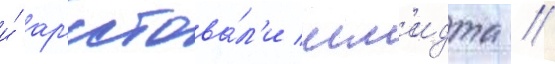
и́ ар'естова́л'и шм'идта //